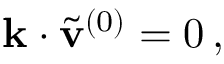
\begin{array} { r } { \mathbf { k } \cdot \tilde { \mathbf { v } } ^ { ( 0 ) } = 0 \, , } \end{array}